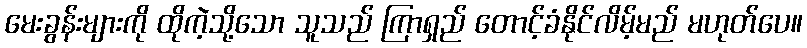
မေးခွန်းများကို ထိုကဲ့သို့သော သူသည် ကြာရှည် တောင့်ခံနိုင်လိမ့်မည် မဟုတ်ပေ။